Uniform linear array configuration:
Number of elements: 16
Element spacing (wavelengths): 0.75
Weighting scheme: hann
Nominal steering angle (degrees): -45
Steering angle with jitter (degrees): -43.891
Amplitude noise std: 0.05
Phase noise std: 0.05

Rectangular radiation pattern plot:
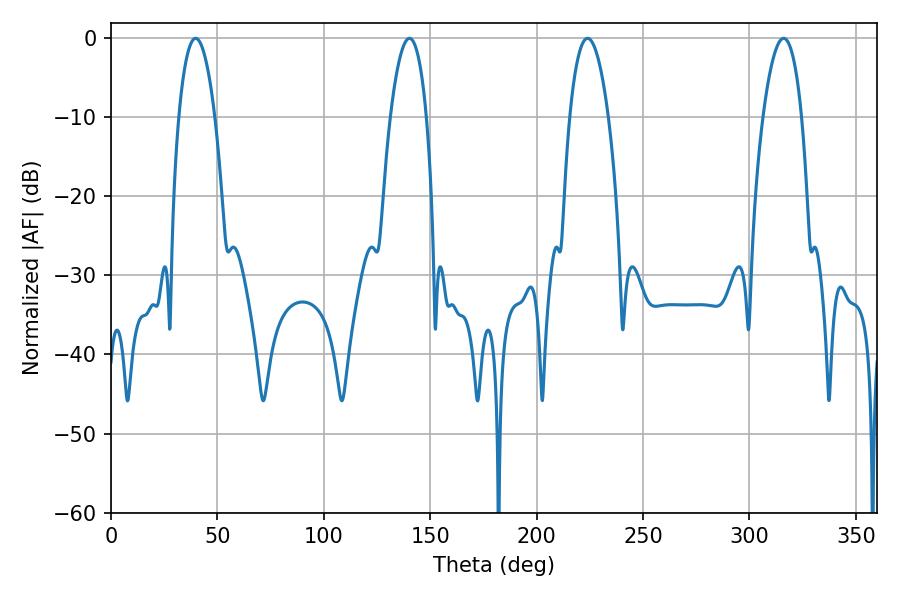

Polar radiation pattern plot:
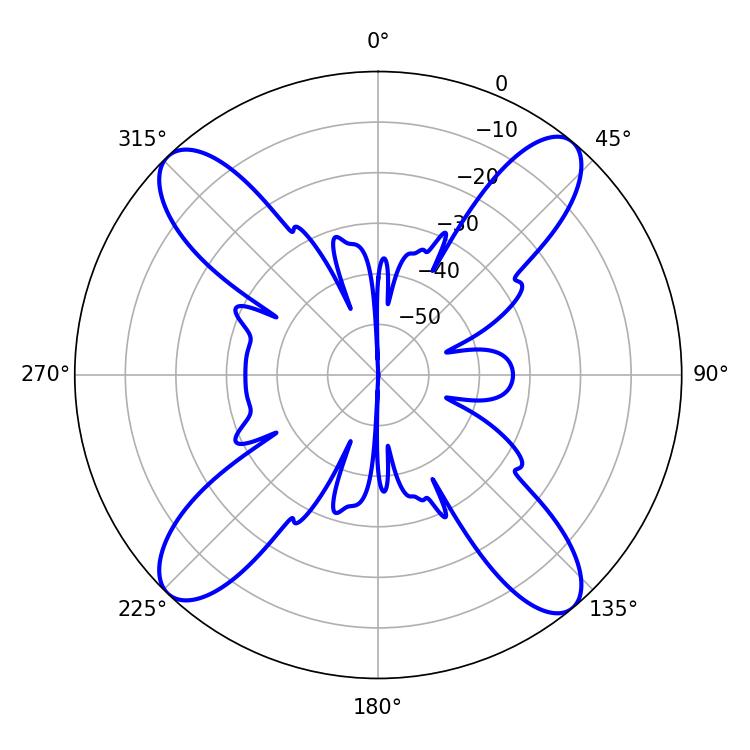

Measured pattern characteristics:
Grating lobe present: TRUE
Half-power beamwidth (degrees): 10.08
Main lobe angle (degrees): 223.92